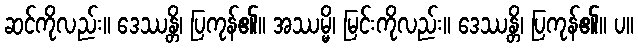
ဆင်ကိုလည်း။ ဒေဿန္တိ၊ ပြကုန်၏။ အဿမ္မိ၊ မြင်းကိုလည်း။ ဒေဿန္တိ၊ ပြကုန်၏။ ပ။